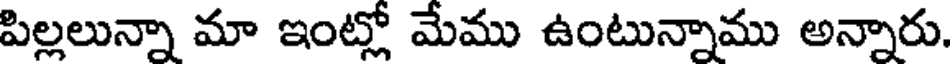
పిల్లలున్నా మా ఇంట్లో మేము ఉంటున్నాము అన్నారు.